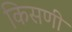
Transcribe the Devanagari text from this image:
किसणी